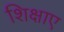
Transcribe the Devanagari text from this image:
शिक्षाए